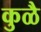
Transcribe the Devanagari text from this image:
कुळै